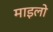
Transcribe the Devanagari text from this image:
माइलो